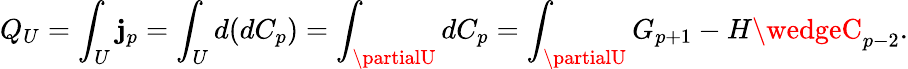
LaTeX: Q_{U}=\int_{U}\mathbf{j}_{p}=\int_{U}d(dC_{p})=\int_{\partialU}dC_{p}=\int_{\partialU}G_{p+1}-H\wedgeC_{p-2}.